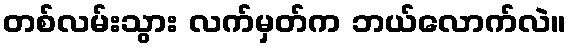
တစ်လမ်းသွား လက်မှတ်က ဘယ်လောက်လဲ။